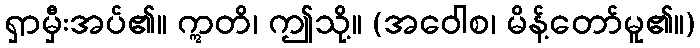
ရှာမှီးအပ်၏။ ဣတိ၊ ဤသို့။ (အဝေါစ၊ မိန့်တော်မူ၏။)